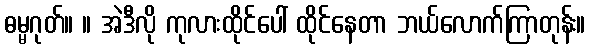
ဓမ္မဂုတ်။ ။ အဲဒီလို ကုလားထိုင်ပေါ် ထိုင်နေတာ ဘယ်လောက်ကြာတုန်း။